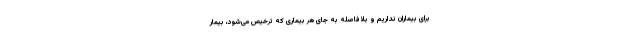
برای بیماران نداریم و بلافاصله به جای هر بیماری که ترخیص می‌شود، بیمار